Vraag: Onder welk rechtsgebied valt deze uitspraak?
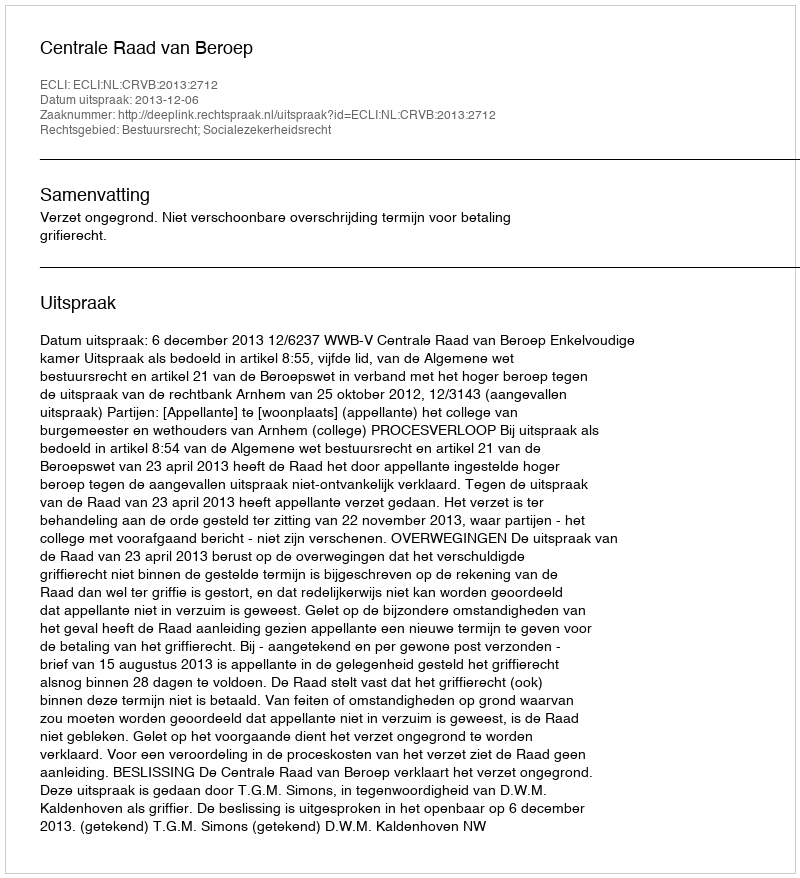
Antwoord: Bestuursrecht; Socialezekerheidsrecht